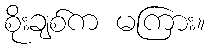
စိုးချစ်က မကြား။